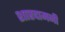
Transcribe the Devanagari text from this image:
शारदामनी